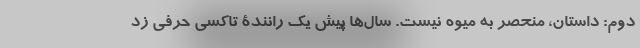
دوم: داستان، منحصر به میوه نیست. سال‌ها پیش یک رانندۀ تاکسی حرفی زد